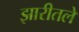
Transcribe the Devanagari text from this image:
झारीतले